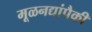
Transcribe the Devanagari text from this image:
मूळनद्यांपैकी